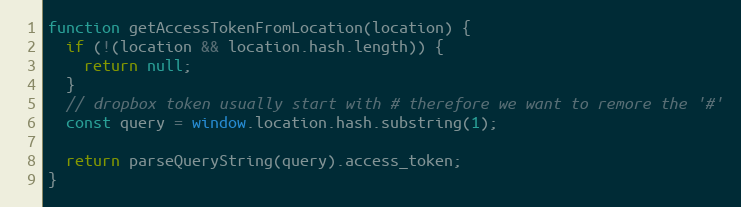
Language: JavaScript
function getAccessTokenFromLocation(location) {
  if (!(location && location.hash.length)) {
    return null;
  }
  // dropbox token usually start with # therefore we want to remore the '#'
  const query = window.location.hash.substring(1);

  return parseQueryString(query).access_token;
}